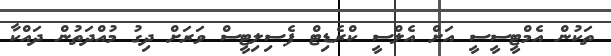
ތަކުން އެމްޓީސީސީ އަށް އެލްސީ ކްރެޑިޓް ފެސިލިޓީސް ވަރަށް ދިގު މުއްދަތުން ދައްކާ